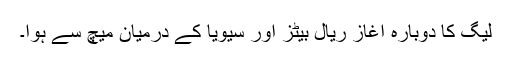
لیگ کا دوبارہ آغاز ریال بیٹز اور سیویا کے درمیان میچ سے ہوا۔